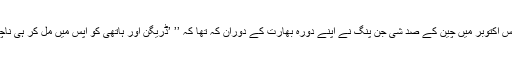
گزشتہ برس اکتوبر میں چین کے صد شی جن پنگ نے اپنے دورہ بھارت کے دوران کہ تھا کہ ’’ ’ڈریگن اور ہاتھی کو آپس میں مل کر ہی ناچنا چاہیے۔